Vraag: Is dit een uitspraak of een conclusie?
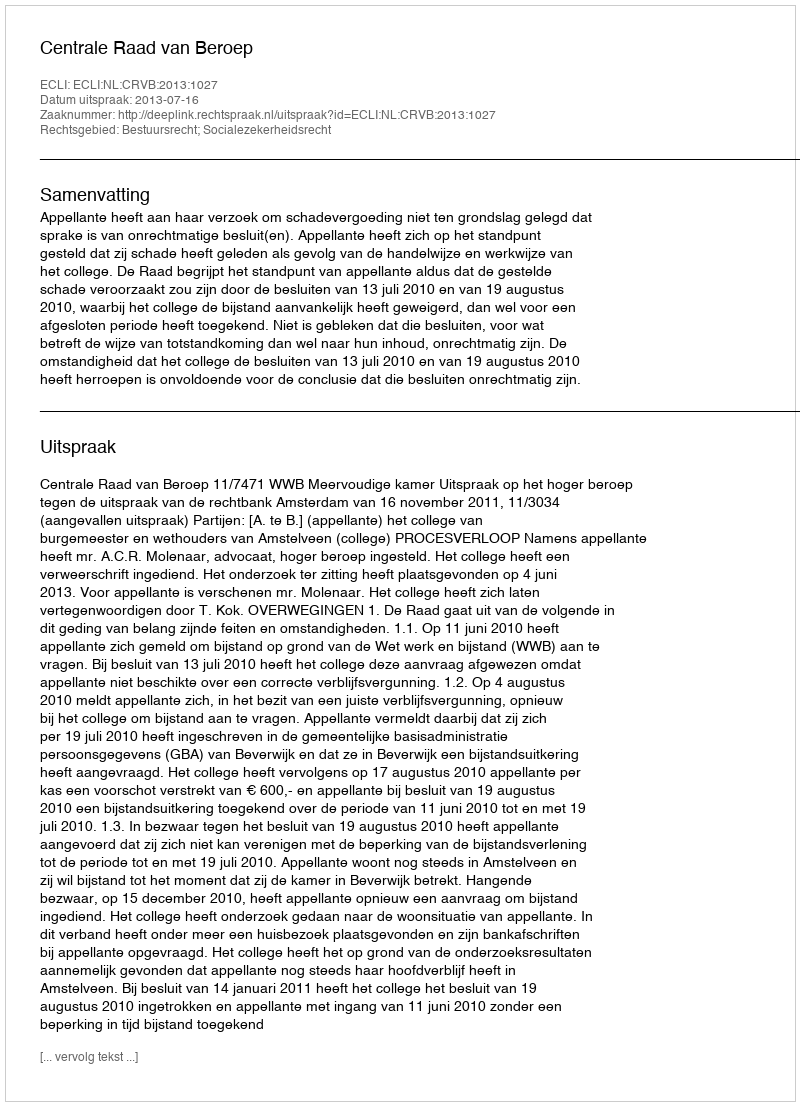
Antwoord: Uitspraak